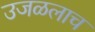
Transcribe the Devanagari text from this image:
उजळलाच